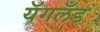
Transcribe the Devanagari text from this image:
यॅगलँड